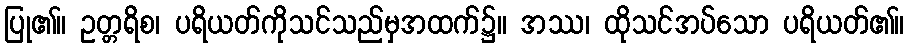
ပြု၏။ ဥတ္တရိစ၊ ပရိယတ်ကိုသင်သည်မှအထက်၌။ အဿ၊ ထိုသင်အပ်သော ပရိယတ်၏။